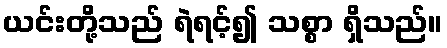
ယင်းတို့သည် ရဲရင့်၍ သစ္စာ ရှိသည်။